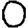
Digit: 0